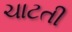
ચાટતી